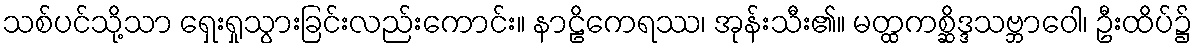
သစ်ပင်သို့သာ ရှေးရှုသွားခြင်းလည်းကောင်း။ နာဠိကေရဿ၊ အုန်းသီး၏။ မတ္ထကစ္ဆိဒ္ဒသဗ္ဘာဝေါ၊ ဦးထိပ်၌